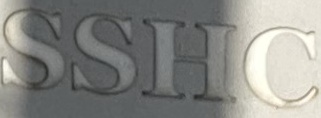
SSHC